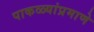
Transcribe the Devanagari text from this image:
पाकळ्यांप्रमाणे